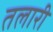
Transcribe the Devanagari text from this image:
तलारी